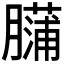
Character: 𰯡